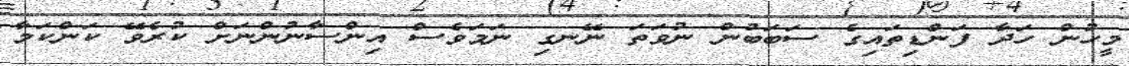
މީހުން ހަދާ ފަންޑިތައިގެ ސަބަބުން ނުވަތަ ނޭނގި ނަމަވެސް އިންސާނުންނަށް ކުރެވޭ ކަންކަމާ